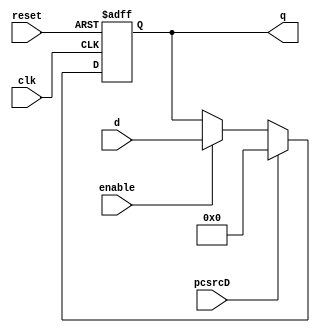
module flopenable #(parameter WIDTH=8)
				(	
					input enable,clk, reset,pcsrcD,
					input [WIDTH-1:0] d,
					output reg [WIDTH-1:0] q );
					
	always @ (posedge clk, posedge reset) begin
		if (reset) q <= 32'b10111100000000000000000000000000;
		else if(pcsrcD) q <= 32'b10111100000000000000000000000000;
		else if (enable) begin
			q <= d;
		
		end
	end
endmodule